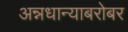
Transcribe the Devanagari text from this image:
अन्नधान्याबरोबर